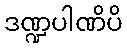
ဒဏ္ဍပါဏိပိ